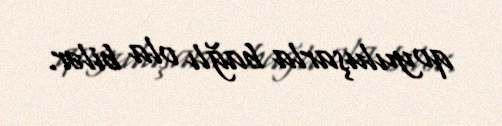
qoyuluşarla bağlı ola bilər.